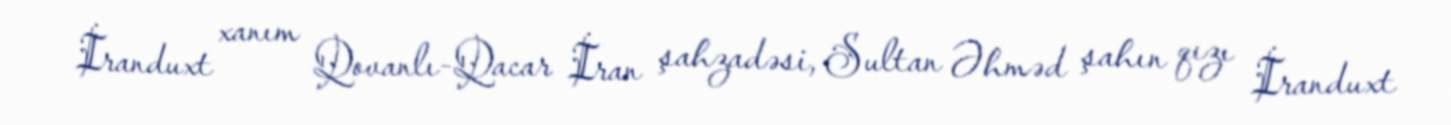
İranduxt xanım Qovanlı-Qacar İran şahzadəsi, Sultan Əhməd şahın qızı İranduxt